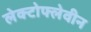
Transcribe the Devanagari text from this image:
लेक्टोफ्लेवीन